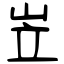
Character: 岦